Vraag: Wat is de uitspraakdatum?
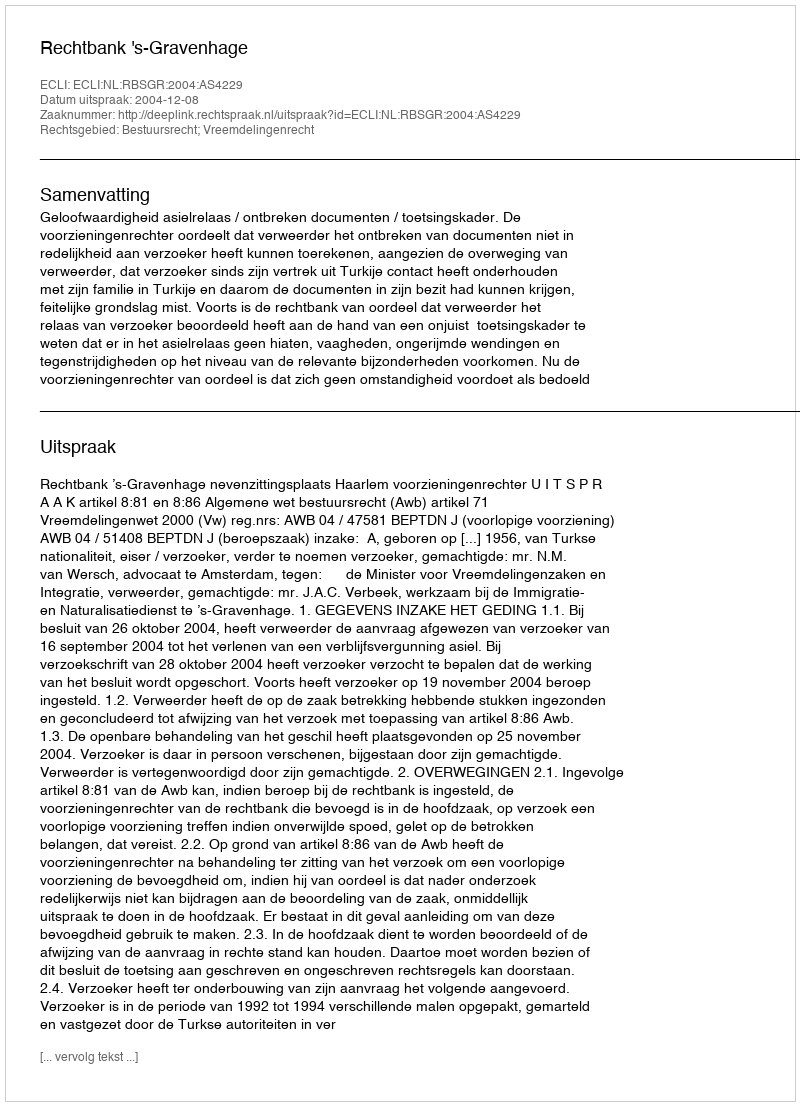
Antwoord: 2004-12-08